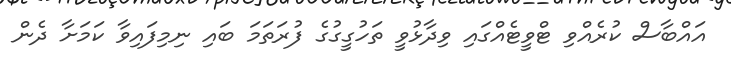
އައްބާސް ކުރެއްވި ޓްވީޓެއްގައި ވިދާޅުވީ ތަހުގީގުގެ ފުރަތަމަ ބައި ނިމިފައިވާ ކަމަށާ ދެން